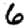
Digit: 6